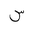
Letter: _sin